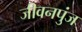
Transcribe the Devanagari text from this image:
जीवनपुंज